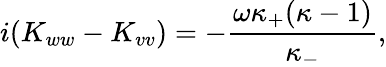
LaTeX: i(K_{ww}-K_{vv})=-\frac{\omega\kappa_{+}(\kappa-1)}{\kappa_{-}},